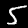
Label: 5